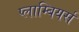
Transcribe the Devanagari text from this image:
प्लाम्बियर्स